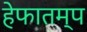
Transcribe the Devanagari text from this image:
हेफातम्प